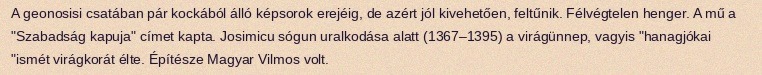
A geonosisi csatában pár kockából álló képsorok erejéig, de azért jól kivehetően, feltűnik. Félvégtelen henger. A mű a "Szabadság kapuja" címet kapta. Josimicu sógun uralkodása alatt (1367–1395) a virágünnep, vagyis "hanagjókai "ismét virágkorát élte. Építésze Magyar Vilmos volt.